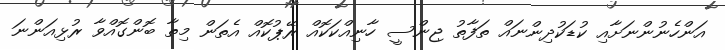
އަންހެނުންނަށާއި ކުޑަކުދިންނައް ތަފާތު ޖިންސީ ހާނިއްކަކޮއް ރޭޕުކޮއް އެތަން މިތާ ބޮންގޮއްވާ ރުޅިއަންނަ